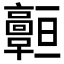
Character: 𩫧